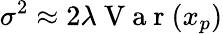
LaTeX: \sigma^{2}\approx 2\lambda\mathrm{~V~a~r~}(x_{p})